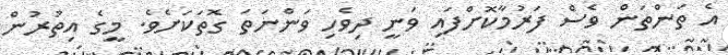
އެ ތަންތަން ވެސް ފަރުމާކޮށްފައި ވަނީ ދިވެހި ވަންނަތަ ގޮތަކަށެވެ. މީގެ އިތުރުން